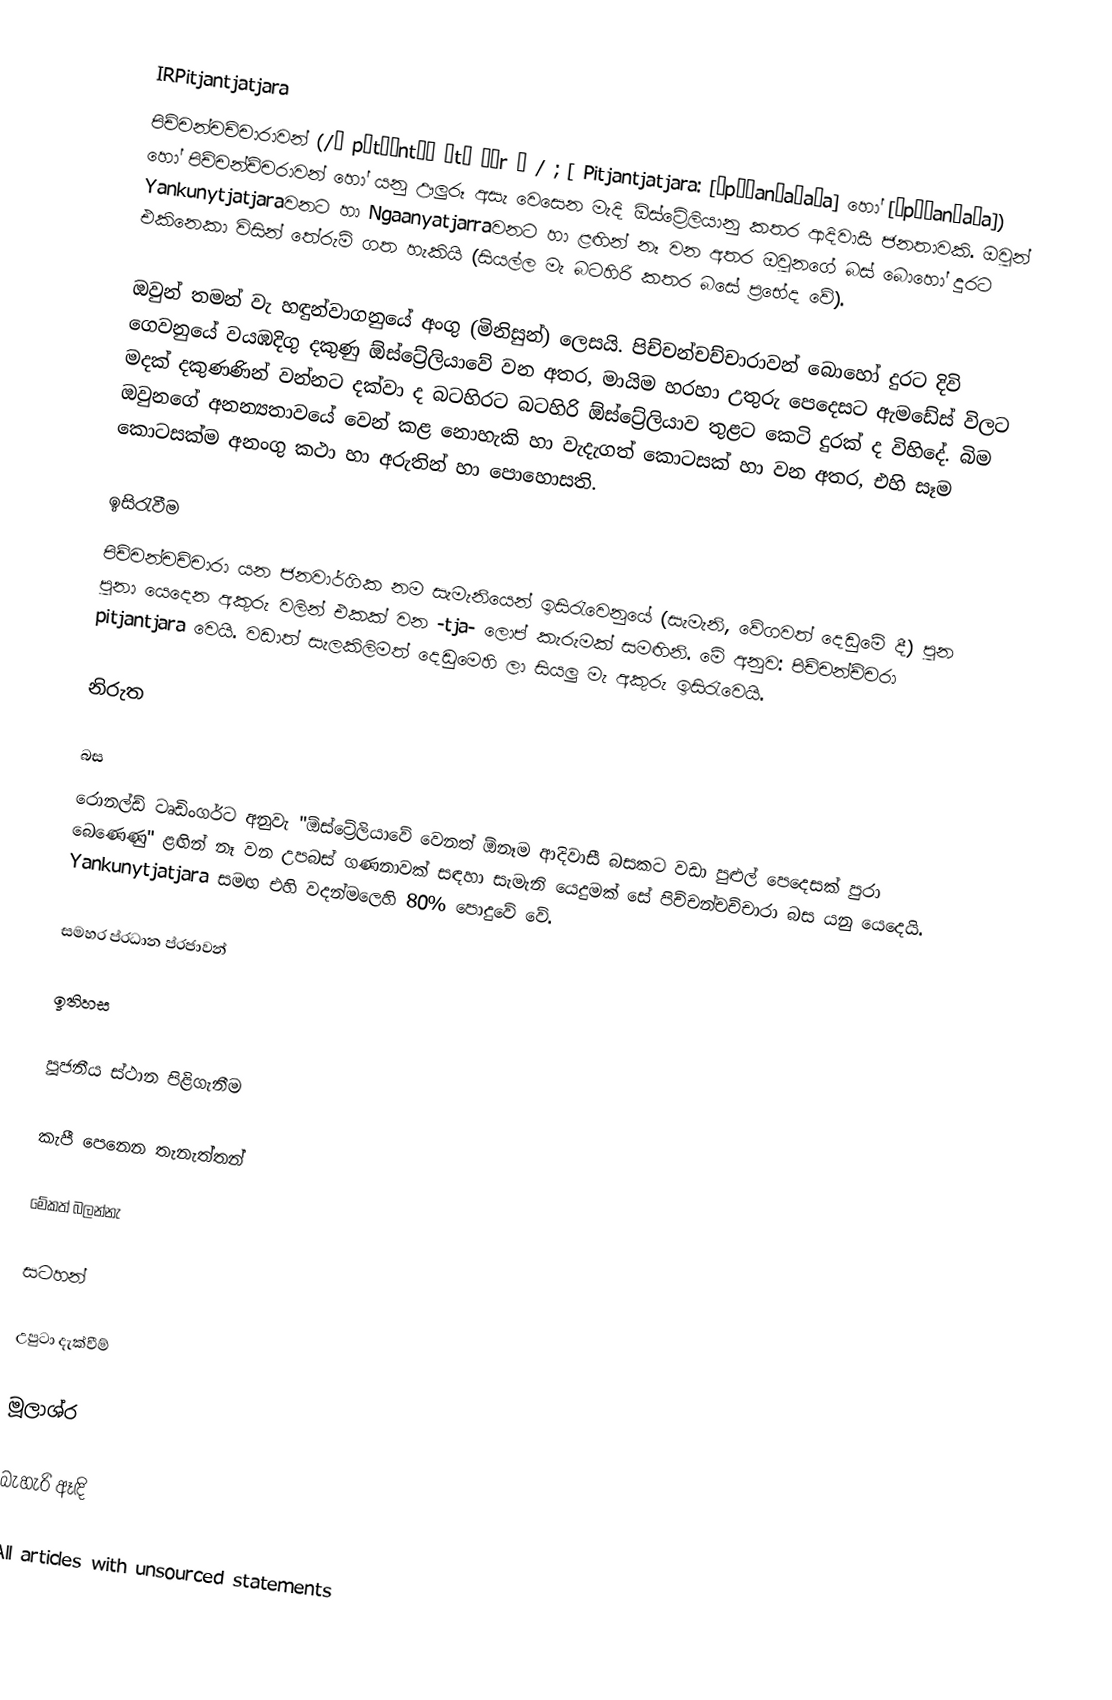
IRPitjantjatjara
පිච්චන්චච්චාරාවන් (/ˌ pɪtʃəntʃə ˈtʃ ɑːr ə / ; [  Pitjantjatjara: [ˈpɪɟanɟaɟaɾa] හෝ [ˈpɪɟanɟaɾa]) හෝ පිච්චන්ච්චරාවන් හෝ යනු ඌලුරූ අසැ වෙසෙන මැදි ඕස්ට්‍රේලියානු කතර ආදිවාසී ජනතාවකි. ඔවුන් Yankunytjatjaraවනට හා Ngaanyatjarraවනට හා ළඟින් නෑ වන අතර ඔවුනගේ බස් බොහෝ දුරට එකිනෙකා විසින් තේරුම් ගත හැකියි (සියල්ල මැ බටහිරි කතර බසේ ප්‍රභේද වේ).

ඔවුන් තමන් වැ හඳුන්වාගනුයේ අංගු (මිනිසුන්) ලෙසයි. පිච්චන්චච්චාරාවන් බොහෝ දුරට දිවි ගෙවනුයේ වයඹදිගු දකුණු ඕස්ට්‍රේලියාවේ වන අතර, මායිම හරහා උතුරු පෙදෙසට ඇමඩේස් විලට මදක් දකුණණින් වන්නට දක්වා ද බටහිරට බටහිරි ඕස්ට්‍රේලියාව තුළට කෙටි දුරක් ද විහිදේ. බිම ඔවුනගේ අනන්‍යතාවයේ වෙන් කළ නොහැකි හා වැදැගත් කොටසක් හා වන අතර, එහි සෑම කොටසක්ම අනංගු කථා හා අරුතින් හා පොහොසති.

ඉසිරැවීම
පිච්චන්චච්චාරා යන ජනවාර්ගික නම  සැමැනියෙන් ඉසිරැවෙනුයේ (සැමැනි, වේගවත් දෙඩුමේ දී) පුන පුනා යෙදෙන අකුරු වලින් එකක් වන -tja- ලොප් කැරුමක් සමඟිනි. මේ අනුව: පිච්චන්ච්චරා pitjantjara වෙයි. වඩාත් සැලකිලිමත් දෙඩුමෙහි ලා සියලු මැ අකුරු ඉසිරැවෙයි.

නිරුත

බස
රොනල්ඩ් ටෘඩිංගර්ට අනුවැ "ඕස්ට්‍රේලියාවේ වෙනත් ඕනෑම ආදිවාසී බසකට වඩා පුළුල් පෙදෙසක් පුරා බෙණෙණු" ළඟින් නෑ වන උපබස් ගණනාවක් සඳහා සැමැනි යෙදුමක් සේ පිච්චන්චච්චාරා බස යනු යෙදෙයි.  Yankunytjatjara සමඟ එහි වදන්මලෙහි 80% පොදුවේ වේ.

සමහර ප්රධාන ප්රජාවන්

ඉතිහස

පූජනීය ස්ථාන පිළිගැනීම

කැපී පෙනෙන තැනැත්තන්

මේකත් බලන්නැ

සටහන්

උපුටා දැක්වීම්

මූලාශ්ර

බැහැරි ඈඳි

All articles with unsourced statements